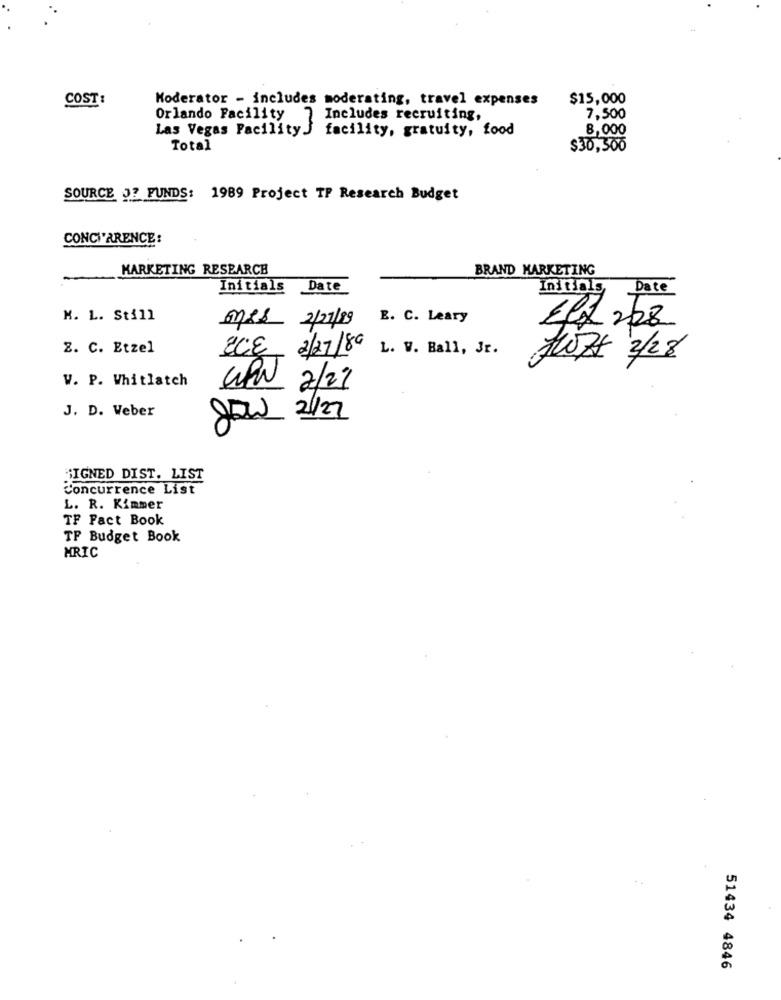
COST :
Moderator - includes moderating, travel expenses
$15,000
Orlando Facility
Includes recruiting,
7,500
Las Vegas FacilityJ facility, gratuity, food
8,000
Total
$30,500
SOURCE J? FUNDS: 1989 Project TP Research Budget
CONCI'ARENCE:
MARKETING RESEARCH
BRAND MARKETING
Initials Date
Initials
Date
K. L. Still
mes 2/27/89 E. C. Leary
Eff 228
Z. C. Etzel
UCE 2/27/89
L. V. Ball, Jr.
HOZZ 2/28
V. P. Whitlatch
CPN 2/2/
J. D. Weber
JENN 2/27
SIGNED DIST. LIST
Concurrence List
L. R. Kimmer
TF Fact Book
TF Budget Book
MRIC
51434 4846